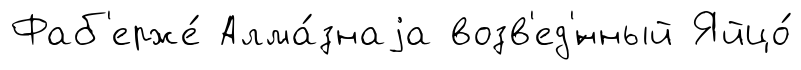
Фаб'ерже́ Алма́знаjа возв'ед'́нный Яйцо́